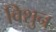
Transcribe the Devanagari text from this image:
विशुन